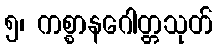
၅၊ ကစ္စာနဂေါတ္တသုတ်